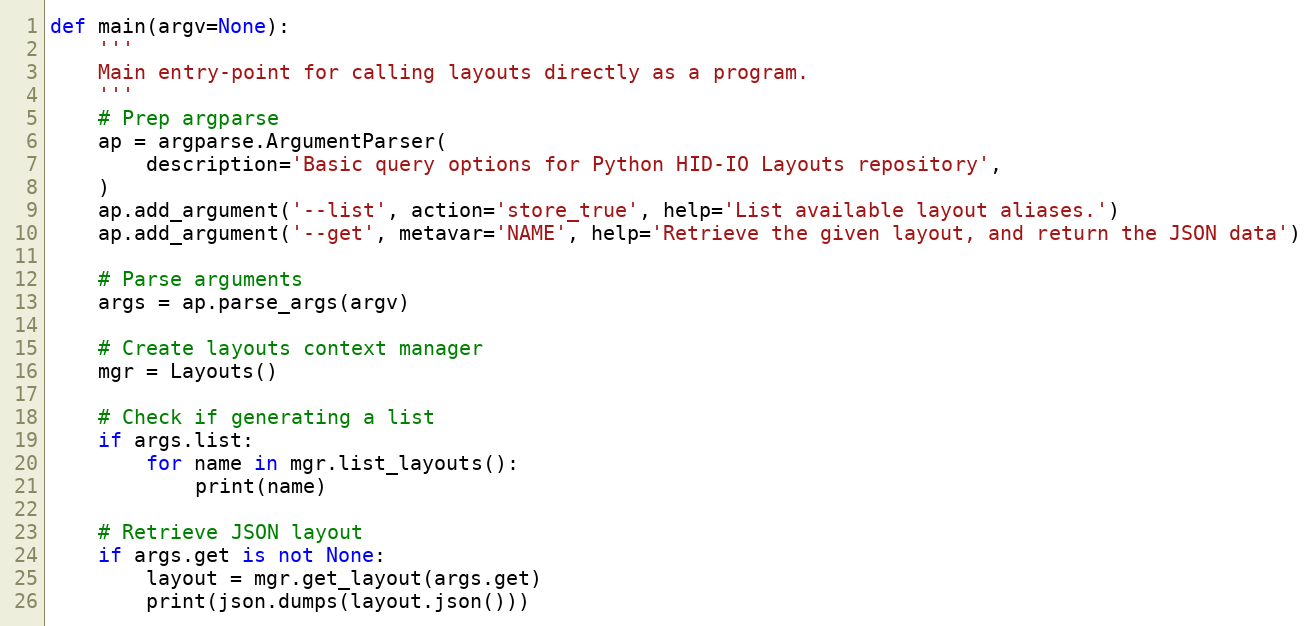
Language: Python
def main(argv=None):
    '''
    Main entry-point for calling layouts directly as a program.
    '''
    # Prep argparse
    ap = argparse.ArgumentParser(
        description='Basic query options for Python HID-IO Layouts repository',
    )
    ap.add_argument('--list', action='store_true', help='List available layout aliases.')
    ap.add_argument('--get', metavar='NAME', help='Retrieve the given layout, and return the JSON data')

    # Parse arguments
    args = ap.parse_args(argv)

    # Create layouts context manager
    mgr = Layouts()

    # Check if generating a list
    if args.list:
        for name in mgr.list_layouts():
            print(name)

    # Retrieve JSON layout
    if args.get is not None:
        layout = mgr.get_layout(args.get)
        print(json.dumps(layout.json()))